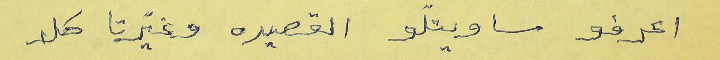
اعرفو ساويتلّو القصيده وغيّرتا كلا